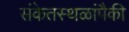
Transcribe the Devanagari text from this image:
संकेतस्थळांपैकी